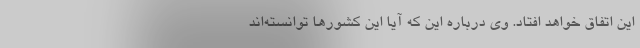
این اتفاق خواهد افتاد. وی درباره این که آیا این کشورها توانسته‌اند